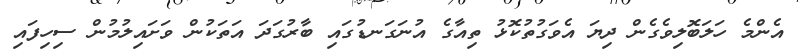
އެންމެ ހަލަބޮލިވެގެން ދިޔަ އެވަގުތުކޮޅު ތިއާގެ އުނަގަނޑުގައި ބާރުގަދަ އަތަކުން ވަށައިލުމުން ސިހިފައި